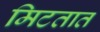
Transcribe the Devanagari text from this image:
मिटतात